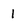
Character: 1